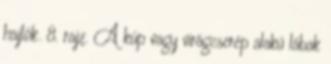
hajlók. 8. rajz. A kúp vagy virágcserép alakú lábak